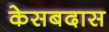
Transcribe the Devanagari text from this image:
केसबदास